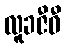
လူခဇီဝီ